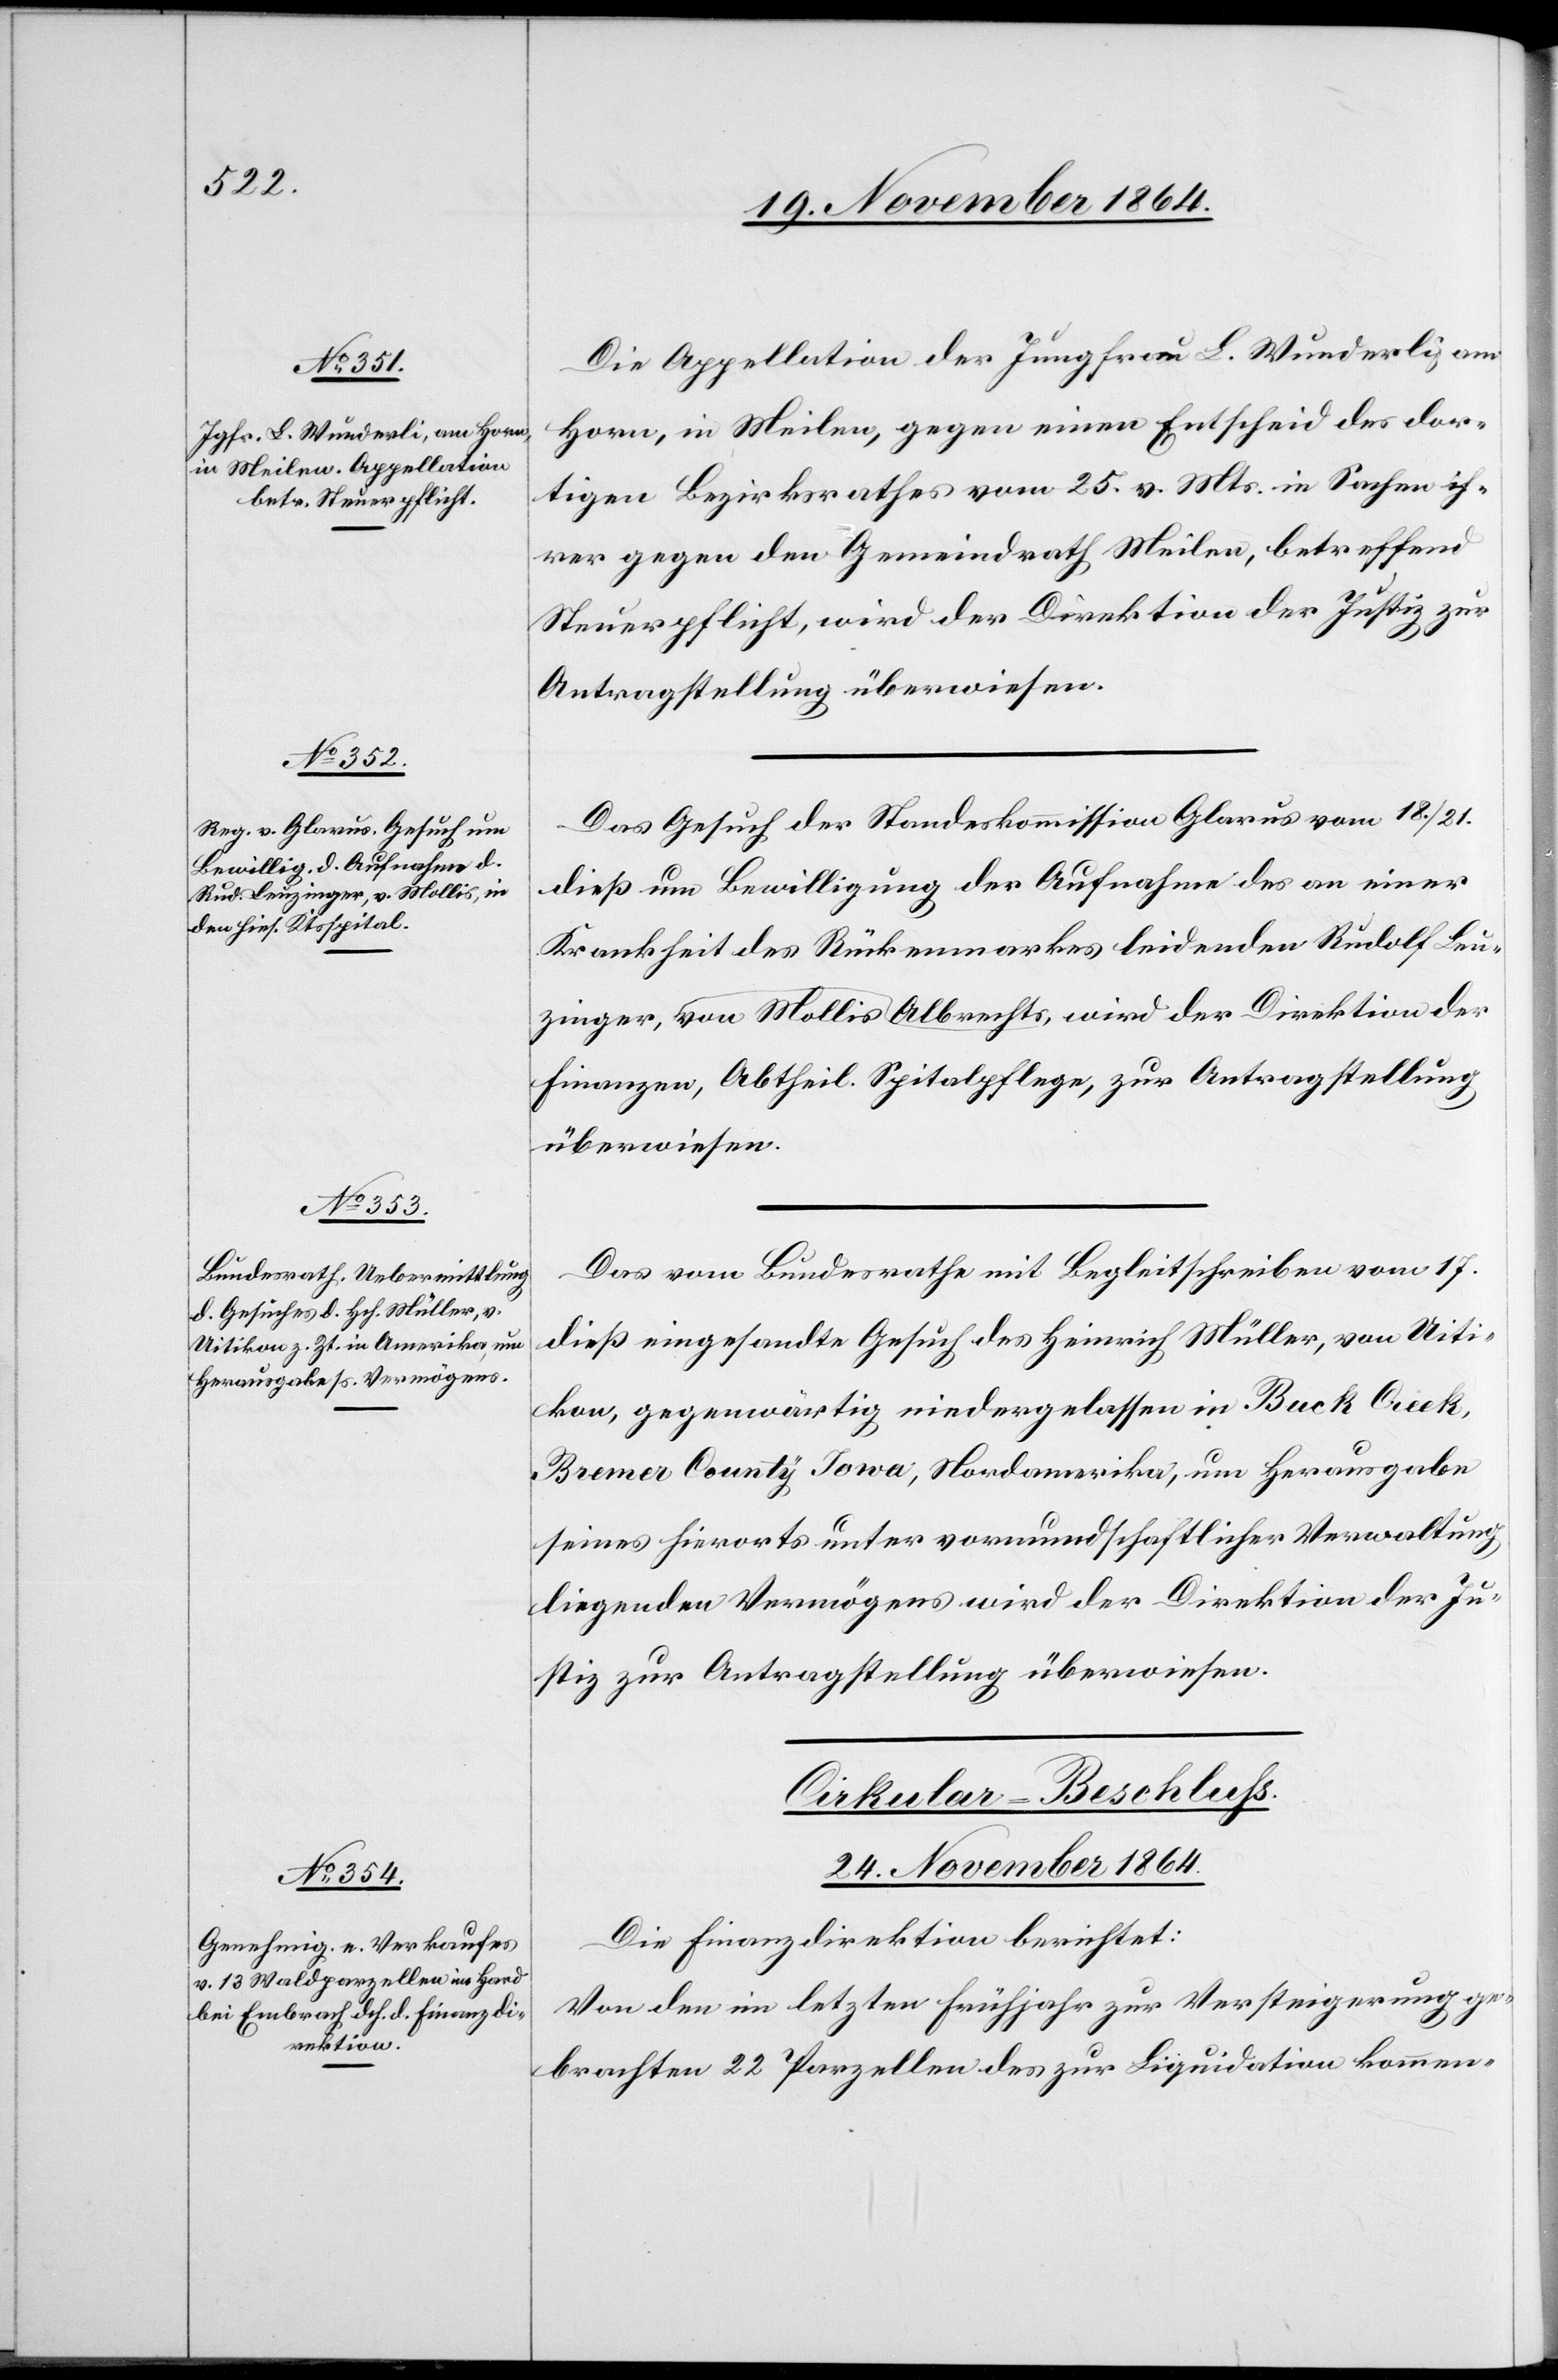
Direktion

Die Appellation der Jungfrau L. Wunderli, am
Horn, in Meilen, gegen einen Entscheid des dor¬
tigen Bezirksrathes vom 25. v. Mts. in Sachen ih¬
rer gegen den Gemeindrath Meilen, betreffend
Das Gesuch der Standeskommission Glarus vom 18./21.
dieß um Bewilligung der Aufnahme des an einer
Krankheit des Rückenmarkes leidenden Rudolf Leu¬
Finanzen, Abtheil. Spitalpflege, zur Antragstellung
überwiesen.
Das vom Bundesrathe mit Begleitschreiben vom 17.
dieß eingesandte Gesuch des Heinrich Müller, von Uiti¬
kon, gegenwärtig niedergelassen in Buck Creek,
Brema County Iowa, Nordamerika, um Herausgabe
seines hierorts unter vormundschaftlicher Verwaltung
liegenden Vermögens wird der Direktion der Ju¬
stiz zur Antragstellung überwiesen.
Cirkular-Beschluss.
24. November 1864.
Die Finanzdirektion berichtet:
Von den im letzten Frühjahr zur Versteigerung ge¬
brachten 22 Parzellen des zur Liquidation kommen-